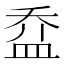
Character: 𥁢